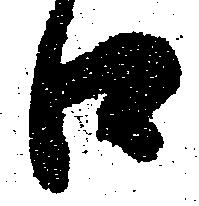
口